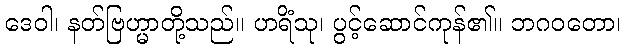
ဒေဝါ၊ နတ်ဗြဟ္မာတို့သည်။ ဟရိံသု၊ ပွင့်ဆောင်ကုန်၏။ ဘဂဝတော၊